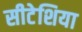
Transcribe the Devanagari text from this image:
सीटेशिया